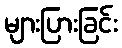
များပြားခြင်း